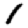
Digit: 1